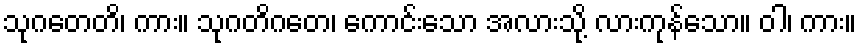
သုဂတေတိ၊ ကား။ သုဂတိဂတေ၊ ကောင်းသော အလားသို့ လားကုန်သော။ ဝါ၊ ကား။